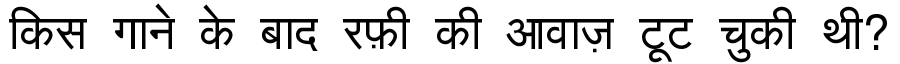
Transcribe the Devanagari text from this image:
किस गाने के बाद रफ़ी की आवाज़ टूट चुकी थी?